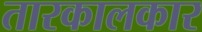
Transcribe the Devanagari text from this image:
तारकालकार